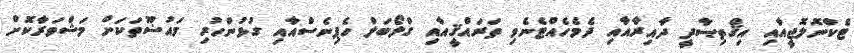
ޓެކްނޮލޮޖީއާއި އިޤްތިޞާދީ ދާއިރާއާއި ދެމެހެއްޓެނެވި ތަރައްޤީއާއި ގްލޯބަލް ހެޕިނެސްއާއި ގުޅުންހުރި މައުޟޫތަކަށް މަޝްވަރާކޮށް